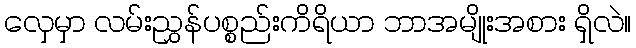
လှေမှာ လမ်းညွှန်ပစ္စည်းကိရိယာ ဘာအမျိုးအစား ရှိလဲ။